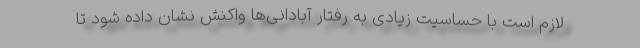
لازم است با حساسیت زیادی به رفتار آبادانی‌ها واکنش نشان داده شود تا